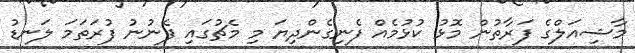
މާޝިއަލްގެ ފަރާތުން މޮޅު ކުޅުމެއް ފެނިގެންދިޔަ މި މެޗުގައި ފެނުނު ފުރަތަމަ ލަނޑު